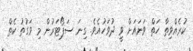
ކުރެއްވިތާ ހަތް ވަނައަށް ވީ ދުވަހުއެވެ. ގިނަ ސަޕޯޓަރުން މި ވަގުތު ކެތް